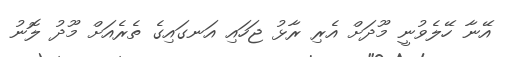
އޭނާ ހޭލެވުނީ މޫދަށް އެރި ރާޅު ޖަހައި އަނގައިގެ ތެރެއަށް މޫދު ލޮނު